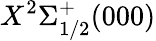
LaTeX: X^{2}\Sigma_{1/2}^{+}(000)